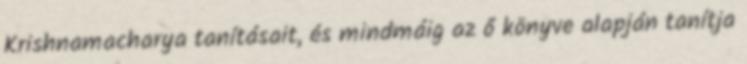
Krishnamacharya tanításait, és mindmáig az ő könyve alapján tanítja